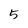
Character: 5